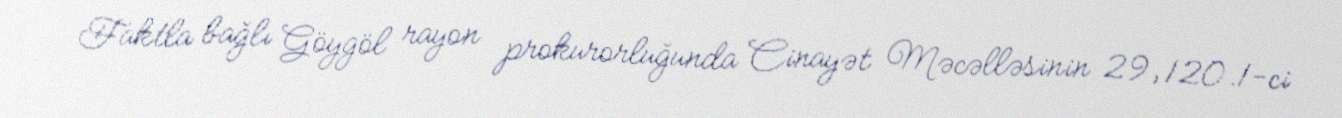
Faktla bağlı Göygöl rayon prokurorluğunda Cinayət Məcəlləsinin 29, 120.1-ci